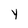
Character: Y